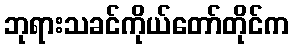
ဘုရားသခင်ကိုယ်တော်တိုင်က